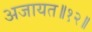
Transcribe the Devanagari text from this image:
अजायत॥१२॥